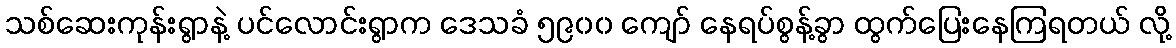
သစ်ဆေးကုန်းရွာနဲ့ ပင်လောင်းရွာက ဒေသခံ ၅၉၀၀ ကျော် နေရပ်စွန့်ခွာ ထွက်ပြေးနေကြရတယ် လို့